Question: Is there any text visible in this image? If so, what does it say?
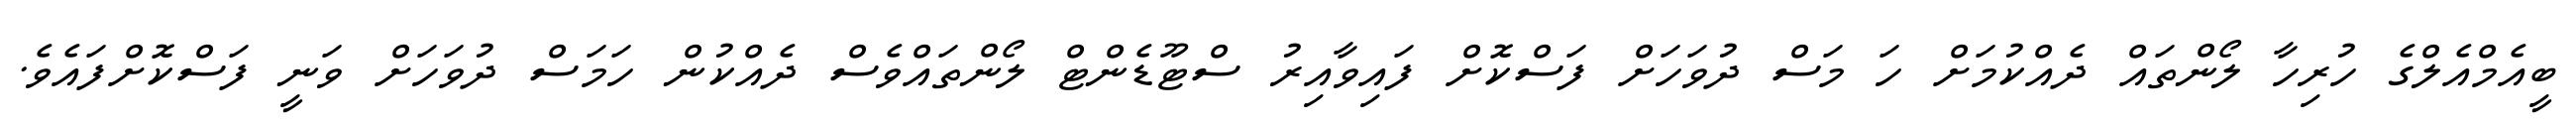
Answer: ބީއެމްއެލްގެ ހުރިހާ ލޯންތައް ދެއްކުމަށް ހަ މަސް ދުވަހަށް ފަސްކޮށް ފައިވާއިރު ސްޓޫޑެންޓް ލޯންތައްވެސް ދެއްކުން ހަމަސް ދުވަހަށް ވަނީ ފަސްކޮށްފައެވެ.